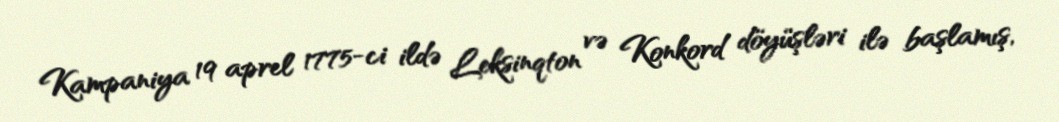
Kampaniya 19 aprel 1775-ci ildə Leksinqton və Konkord döyüşləri ilə başlamış,